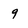
Character: 9